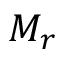
M _ { r }